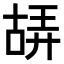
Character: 𠸙